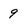
Character: 9